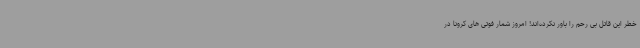
خطر این قاتل بی رحم را باور نکرده‌اند! امروز شمار فوتی های کرونا در